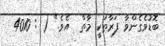
ބޮޑުވެގެންވާ ފަރާތަކީ މާތް  އެވެ." ( : 4010